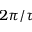
2 \pi / \tau